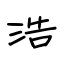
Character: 浩